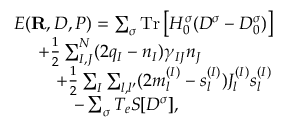
\begin{array} { r l } & { { \cal E } ( { \bf R } , D , P ) = \sum _ { \sigma } \mathrm { T r } \left[ H _ { 0 } ^ { \sigma } ( D ^ { \sigma } - D _ { 0 } ^ { \sigma } ) \right] } \\ & { ~ ~ ~ ~ + \frac { 1 } { 2 } \sum _ { I , J } ^ { N } ( 2 q _ { I } - { n } _ { I } ) \gamma _ { I J } { n } _ { J } } \\ & { ~ ~ ~ ~ ~ ~ ~ + \frac { 1 } { 2 } \sum _ { I } \sum _ { l , l ^ { \prime } } ( 2 m _ { l } ^ { ( I ) } - s _ { l } ^ { ( I ) } ) J _ { l } ^ { ( I ) } s _ { l } ^ { ( I ) } } \\ & { ~ ~ ~ ~ ~ ~ ~ ~ ~ ~ - \sum _ { \sigma } T _ { e } { \cal S } [ D ^ { \sigma } ] , } \end{array}